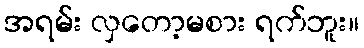
အရမ်း လှတော့မစား ရက်ဘူး။